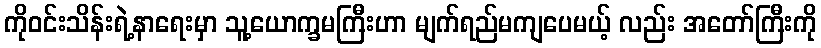
ကိုဝင်းသိန်းရဲ့နာရေးမှာ သူ့ယောက္ခမကြီးဟာ မျက်ရည်မကျပေမယ့် လည်း အတော်ကြီးကို